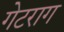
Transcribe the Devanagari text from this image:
गेटराग